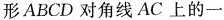
形ABCD对角线AC上的一